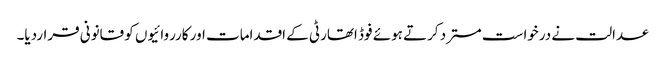
عدالت نے درخواست مسترد کرتے ہوئے فوڈ اتھارٹی کے اقدامات اور کارروائیوں کو قانونی قراردیا۔